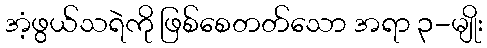
အံ့ဖွယ်သရဲကို ဖြစ်စေတတ်သော အရာ ၃-မျိုး